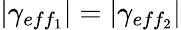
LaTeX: |\gamma_{eff_{1}}|=|\gamma_{eff_{2}}|